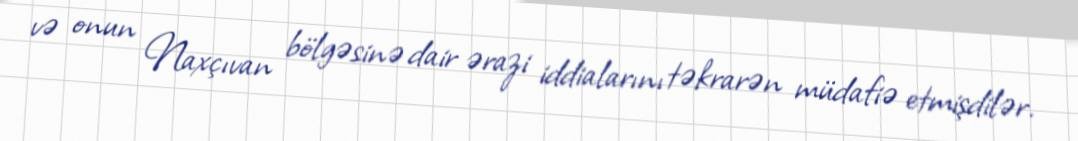
və onun Naxçıvan bölgəsinə dair ərazi iddialarını təkrarən müdafiə etmişdilər.